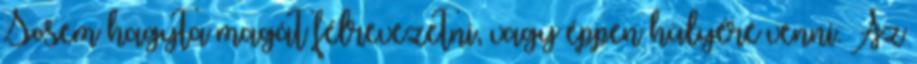
Sosem hagyta magát félrevezetni, vagy éppen hülyére venni. Az